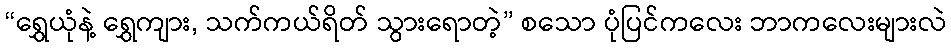
“ရွှေယုံနဲ့ ရွှေကျား, သက်ကယ်ရိတ် သွားရောတဲ့” စသော ပုံပြင်ကလေး ဘာကလေးများလဲ